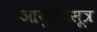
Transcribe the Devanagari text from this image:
आयुष्यसूत्र